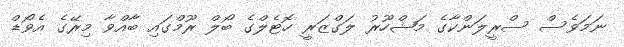
ނަމަވެސް ސްރީލަންކާގެ މަޝްހޫރު ލަގްޒަރީ ހޮޓެލްގެ ބޯލް ރޫމްގައި ބާއްވާ މިރޭގެ އެވޯޑް